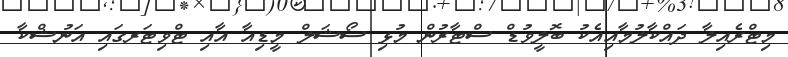
މިޓްރެއިލާ ދައްކާލުމާއިއެކު ބޮލީވުޑް ސްޓާރުން މުޅި ސޯޝަލް މީޑިއާ އާއި ޓްވިޓަރގައި އަނުޝްކާ